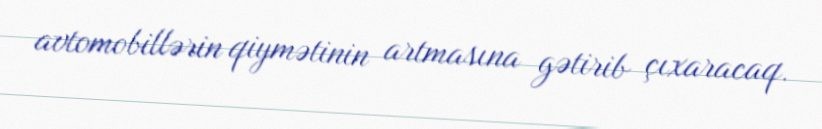
avtomobillərin qiymətinin artmasına gətirib çıxaracaq.